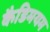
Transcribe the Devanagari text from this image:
कैडिमयम